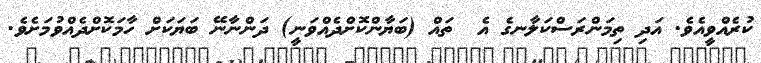
ކުރެއްވީއެވެ. އަދި ތިމަންރަސްކަލާނގެ އެ  ތައް (ބަޔާންކޮށްދެއްވަނީ) ދަންނާނޭ ބަޔަކަށް ހާމަކޮށްދެއްވުމަށެވެ.